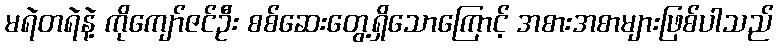
မရဲတရဲနဲ့ ကိုကျော်ဇင်ဦး စစ်ဆေးတွေ့ရှိသောကြောင့် အစားအစာများဖြစ်ပါသည်